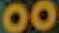
00